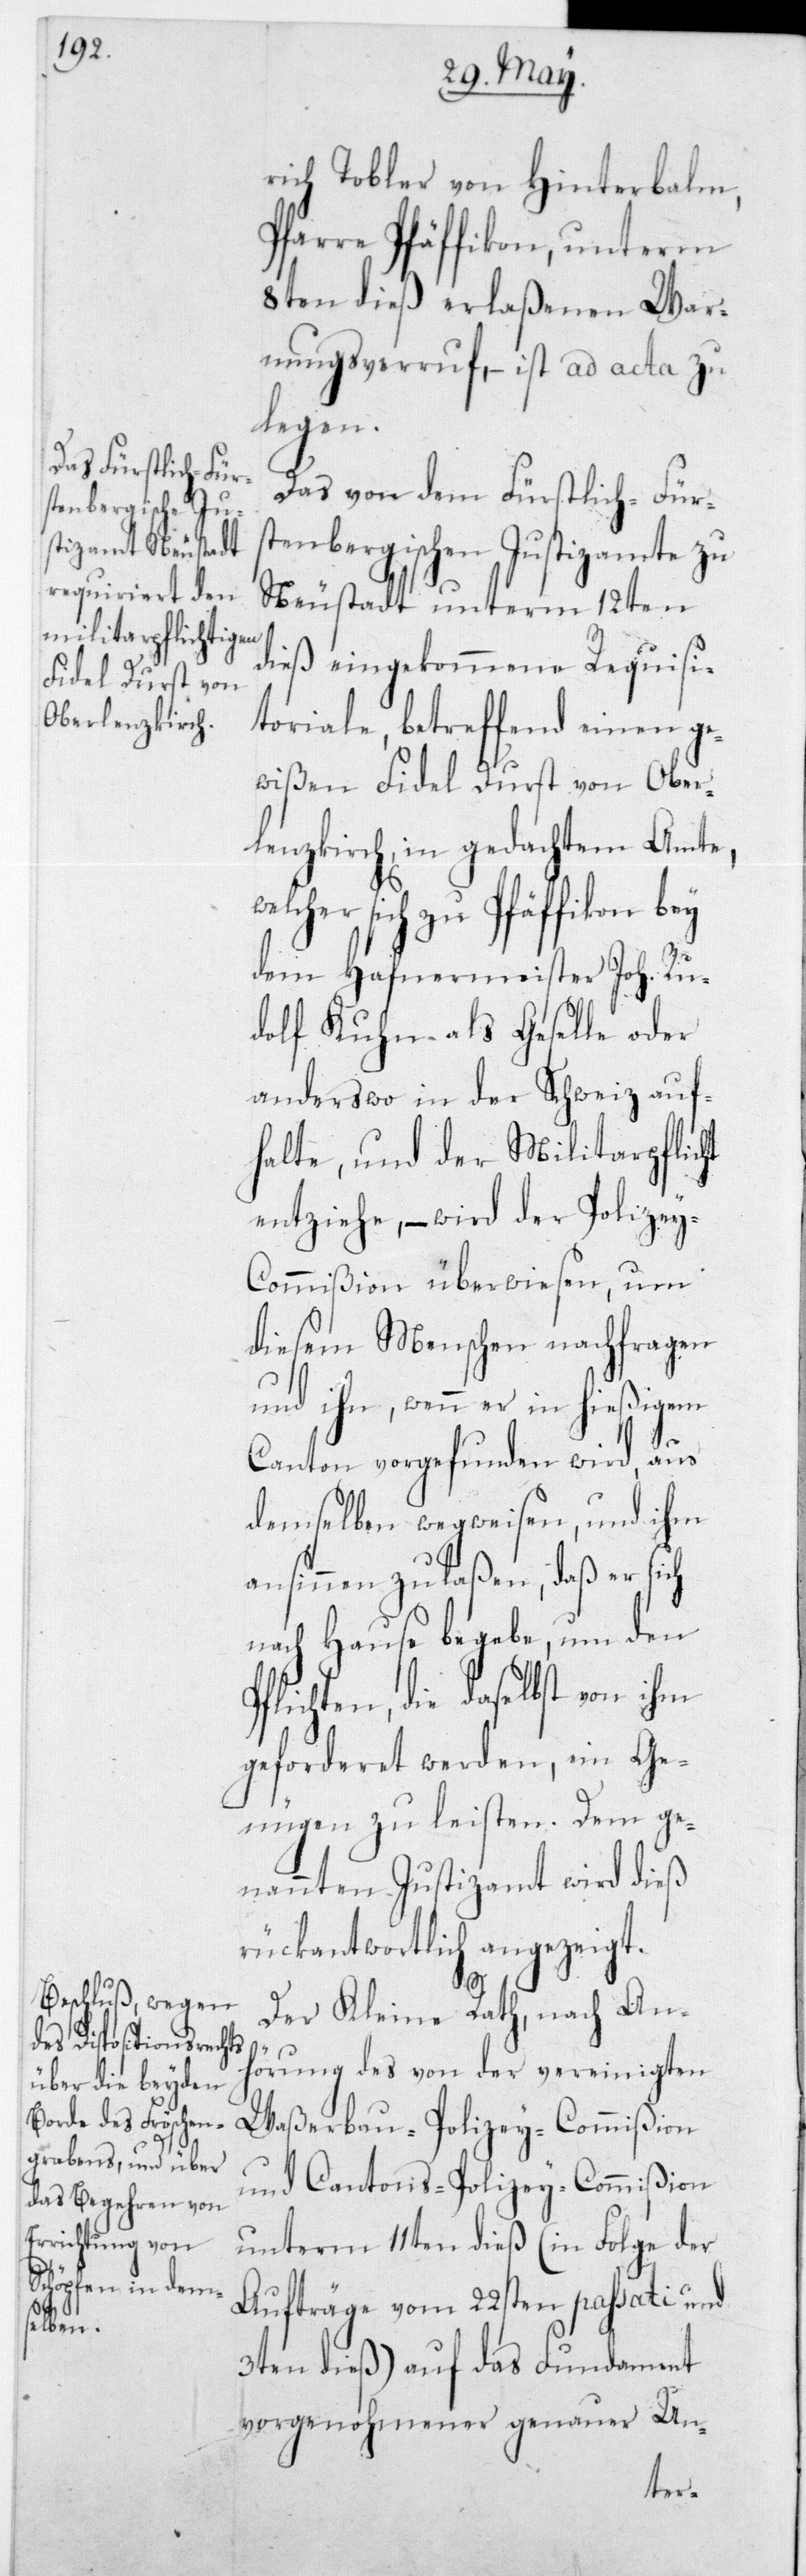
we¬

rich Tobler von Hinterbalm,
Pfarre Pfäffikon, unterm
8ten dieß erlaßenen War¬
nungsverruf, – ist ad acta zu
legen.
Das von dem Fürstlich-Fürs¬
tenbergischen Justizamte zu
Neustadt unterm 12ten
dieß eingekommene Requisi¬
toriale, betreffend einen ge¬
wißen Fidel Durst von Ober¬
lenzkirch, in gedachtem Amte,
lcher sich zu Pfäffikon bey
dem Hafnermeister Joh. Ru¬
dolf Kuhn als Geselle oder
anderswo in der Schweiz auf¬
halte, und der Militarpflicht
entziehe, – wird der Polizey-C¬
ommißion überwiesen, um
diesem Menschen nachfragen
und ihn, wenn er in hießigem
Canton vorgefunden wird, aus
demselben wegweisen, und ihm
ansinnen zulaßen, daß er sich
nach Hause begebe, um den
Pflichten, die daselbst von ihm
geforderet werden, ein Ge¬
nügen zu leisten. Dem ge¬
nannten Justizamt wird dieß
rückantwortlich angezeigt.
Der Kleine Rath, nach An¬
hörung des von der vereinigten
Waßerbau-Polizey-Commißion
und Cantons-Polizey-Commißion
unterm 11ten dieß, (in Folge der
Aufträge vom 22sten passati und
3ten dieß) auf das Fundament
vorgenohmener genauer Un-